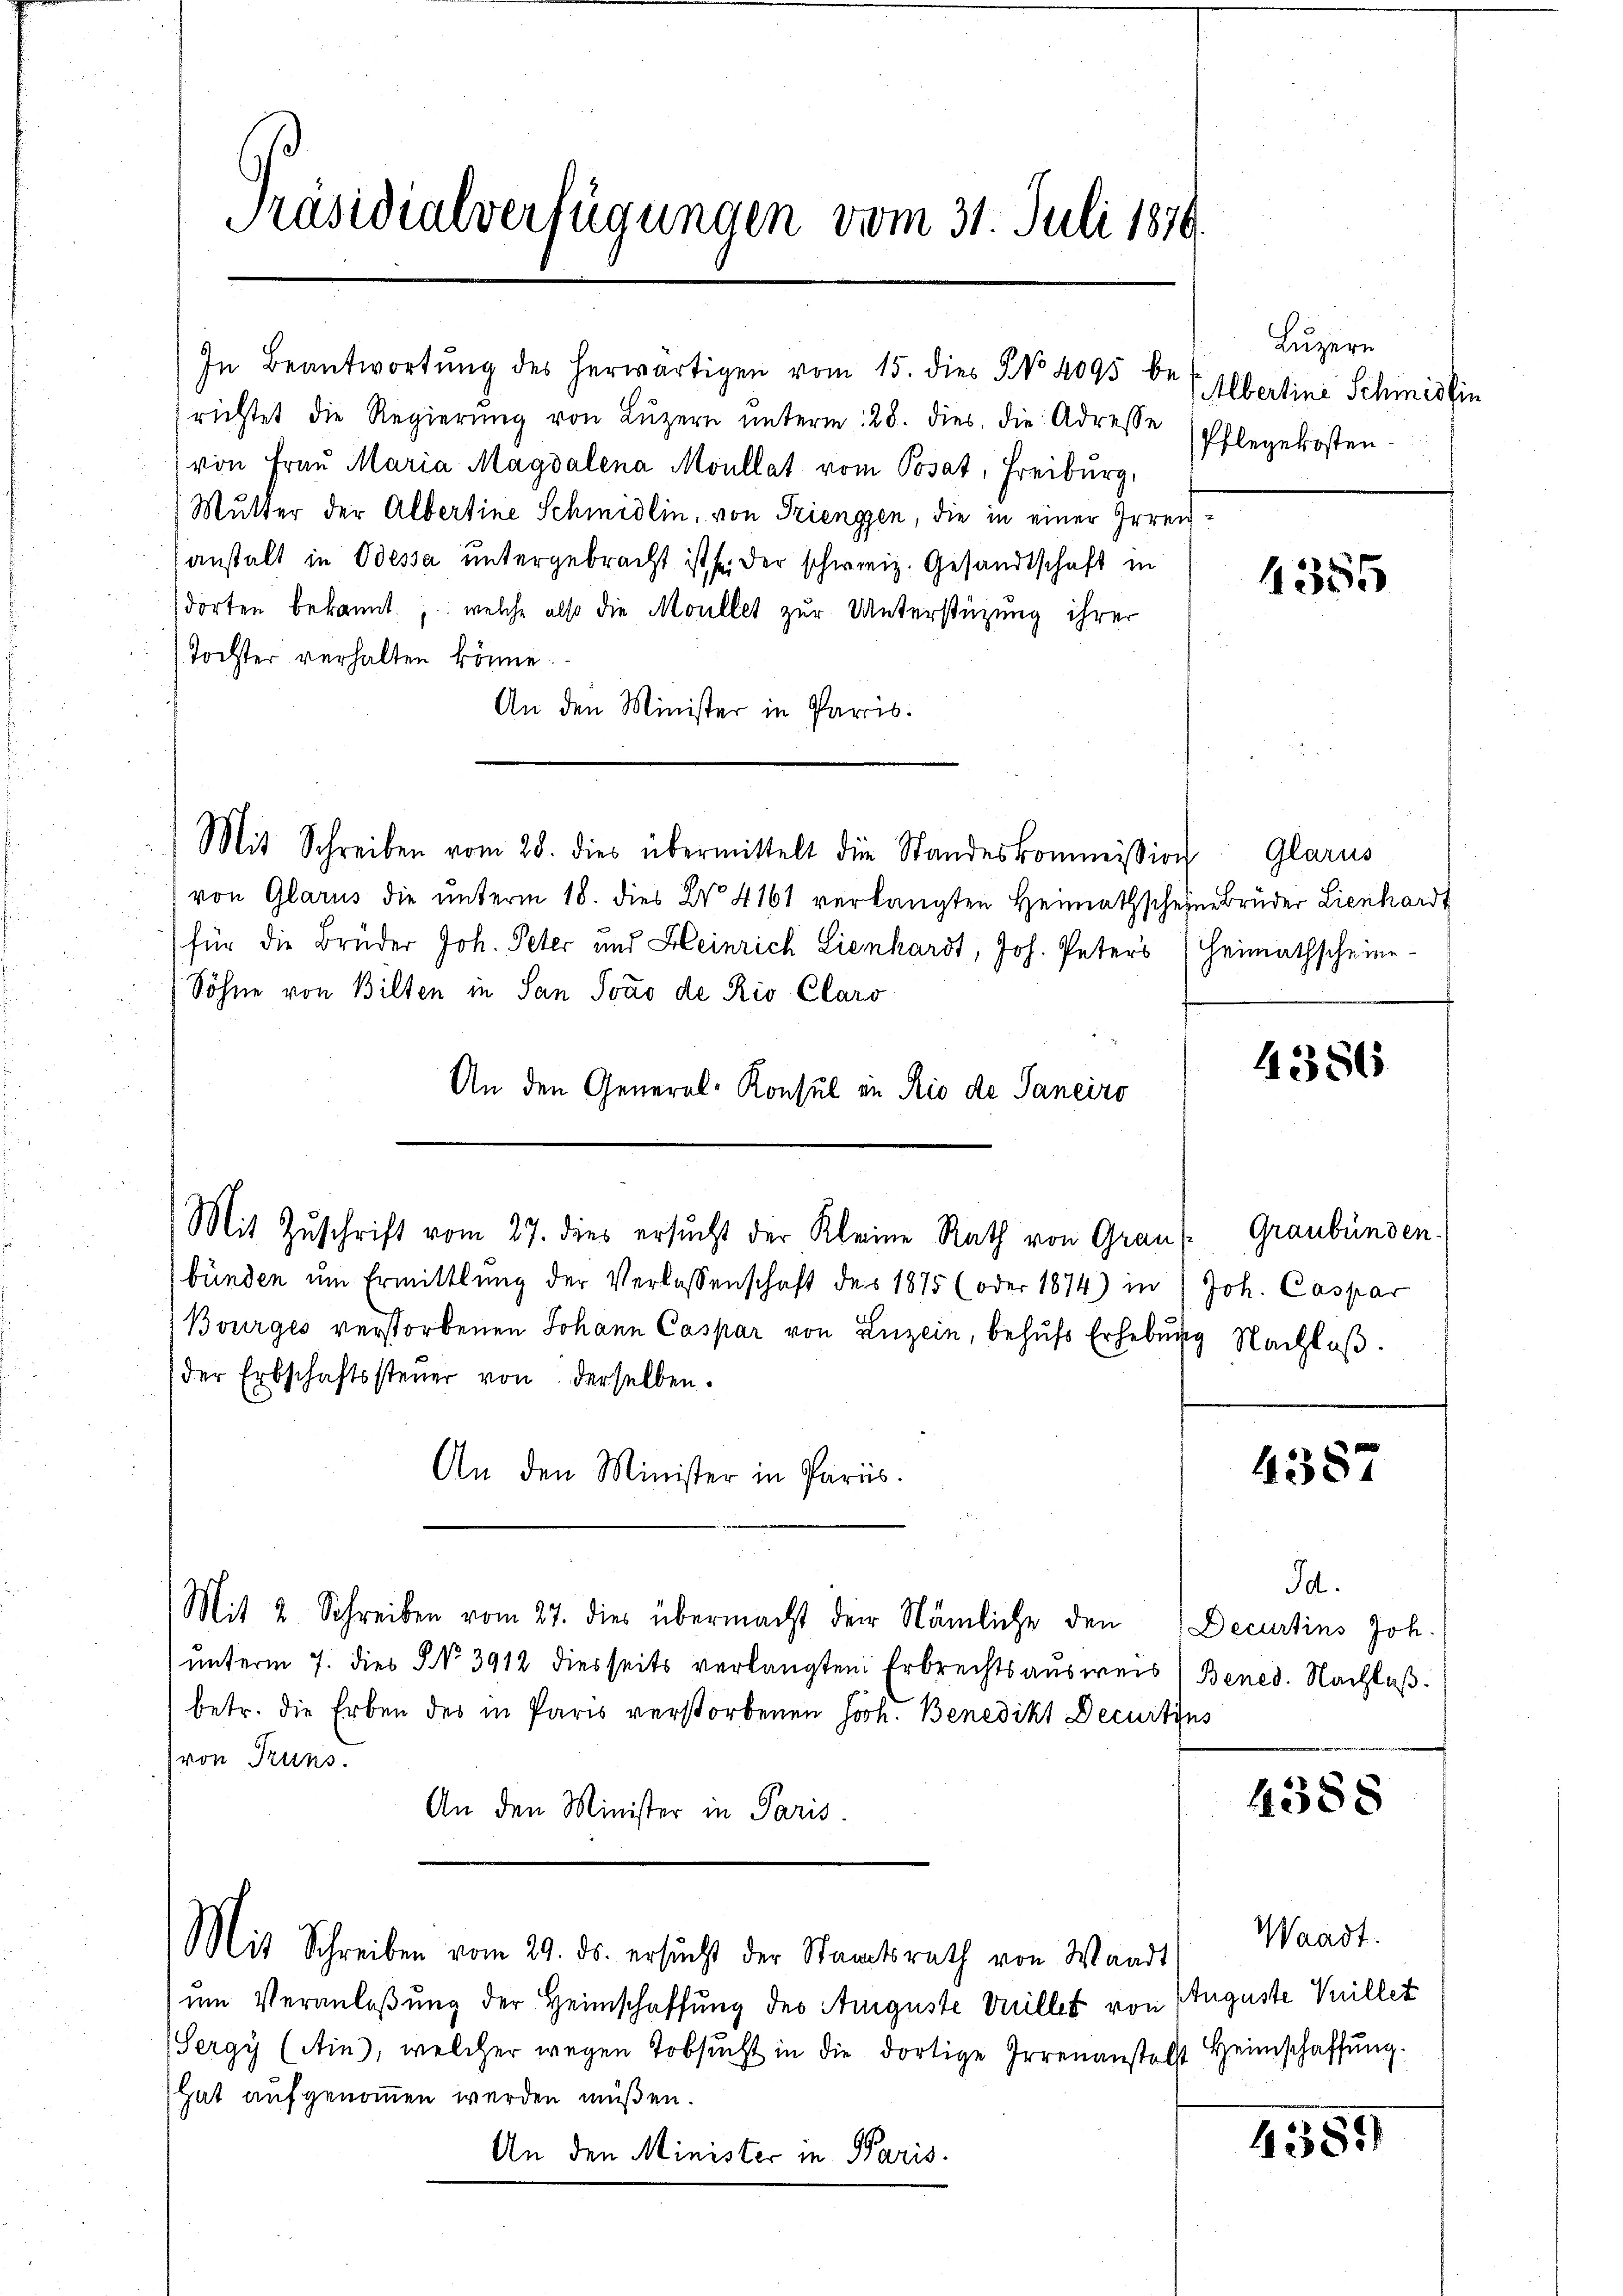
Präsidialverfügungen vom 31. Juli 1870.

richtet die Regierŭng von Lŭzern ŭnterm 28. dies die Adresse (Pflegekosten-
von Frau Maria Magdalena Moullat vom Posat, Freiburg,
Mutter der Albertine Schmidlin, von Triengen, die in einer Irren
anstalt in Odessa untergebracht ist sei der schweiz. Gesandtschaft in
dorten bekannt, welche also die Moullet zur Unterstützung ihrer
Tochter verhalten könne.
An den Minister in Paris.
Mit Schreiben vom 28. dies übermittelt die Standeskommission Glarus
von Glarus die ŭnterm 18. dies C. 4161 verlangten Heimathscheinbrüder Lienhardt
für die Brüder Joh. Peter und Heinrich Lienhardt, Joh. Peters
Söhne von Bilten in San Sono de Rio Clars
An den General-Konsul in Rio de Saneiro
bünden um Ermittlung der Verlassenschaft des 1875 (oder 1874) in
Bourges verstorbenen Johann Caspar von Luzern, behufs Erhebung Nachloß.
der Erbschaftssteŭer von derselben.
An den Minister in Paris.
Mit 2 Schreiben vom 27. dies übermacht der Nämliche den
unterm 7. dies § No 3912 diesseits verlangten Erbrechtsausweis
betr. die Erben des in Paris verstorbenen Joh. Benedikt Decurtins
von Truns.
An den Minister in Paris.
Mit Schreiben vom 29. ds. ersucht der Staatsrath von Waadt
um Veranlaßung der Heimschaffung des Auguste Villet von
Sergy (Ain), welcher wegen Tobsucht in die dortige Irrenanstelst
hat aufgenommen werden müßen.
An den Minister in Paris.

In Beantwortŭng des herwärtigen vom 15. dies No 4095 be-

Mit Zuschrift vom 27. dies ersucht der Kleine Rath von Graus Graubünden.

Luzern
Albertini Schmidlin

4355

Heimathscheine

4386

Joh. Caspar

4387

Id.
Decurtins Joh.
Bened. Nachlaß.

4388

Waadt.
Euguste Villet
Heimschaffung.

487